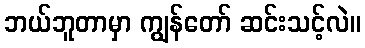
ဘယ်ဘူတာမှာ ကျွန်တော် ဆင်းသင့်လဲ။